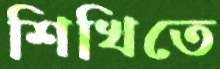
শিখিতে